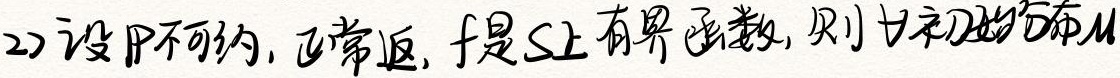
2) 设 \( P \) 不可约，正常返，\( f \) 是 \( S \) 上有界函数，则 \( \forall \) 初始分布 \( \mu \)